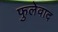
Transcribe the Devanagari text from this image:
फुलेवाद